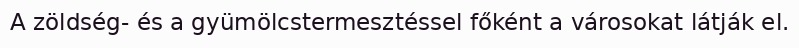
A zöldség- és a gyümölcstermesztéssel főként a városokat látják el.